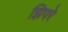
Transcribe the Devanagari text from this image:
झिपरे